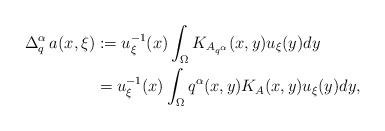
LaTeX: \begin{align*}\Delta_{q}^{\alpha}\,a(x,\xi) & := u_{\xi}^{-1}(x)\int_{\Omega} K_{A_{q^{\alpha}}}(x,y)u_{\xi}(y)dy {}\\& = u_{\xi}^{-1}(x)\int_{\Omega} q^{\alpha}(x,y)K_{A}(x,y)u_{\xi}(y)dy,\end{align*}